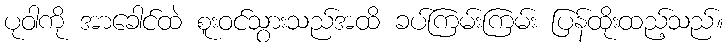
ပုဝါကို အာခေါင်ထဲ စူးဝင်သွားသည်အထိ ခပ်ကြမ်းကြမ်း ပြန်ထိုးထည့်သည်။